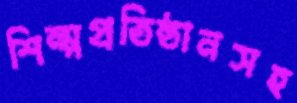
শিল্পপ্রতিষ্ঠানসহ